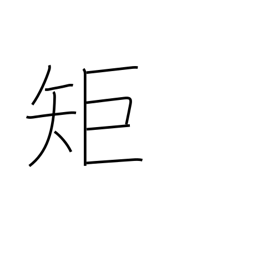
Meaning: ruler